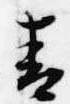
青